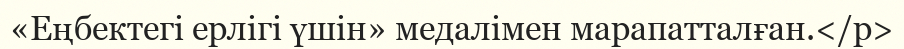
«Еңбектегі ерлігі үшін» медалімен марапатталған.</p>